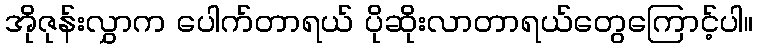
အိုဇုန်းလွှာက ပေါက်တာရယ် ပိုဆိုးလာတာရယ်တွေကြောင့်ပါ။